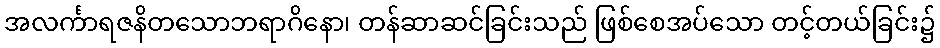
အလင်္ကာရဇနိတသောဘရာဂိနော၊ တန်ဆာဆင်ခြင်းသည် ဖြစ်စေအပ်သော တင့်တယ်ခြင်း၌